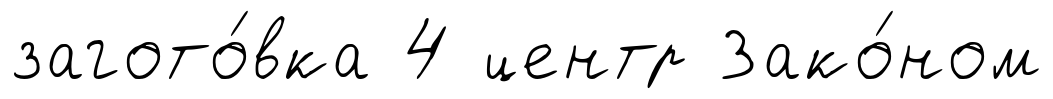
загото́вка 4 центр Зако́ном